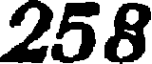
258